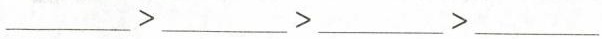
___>___>___>___